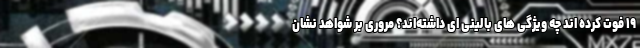
۱۹ فوت کرده اند چه ویژگی های بالینی ای داشته‌اند؟ مروری بر شواهد نشان